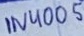
Text: 1N4005